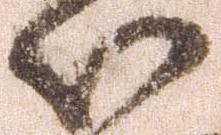
以